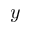
y